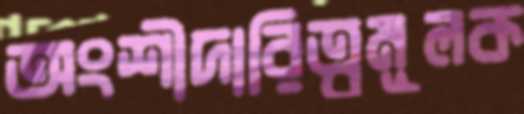
অংশীদারিত্বমূলক